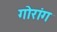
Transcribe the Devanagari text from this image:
गोरांग